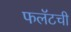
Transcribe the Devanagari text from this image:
फलॅटची